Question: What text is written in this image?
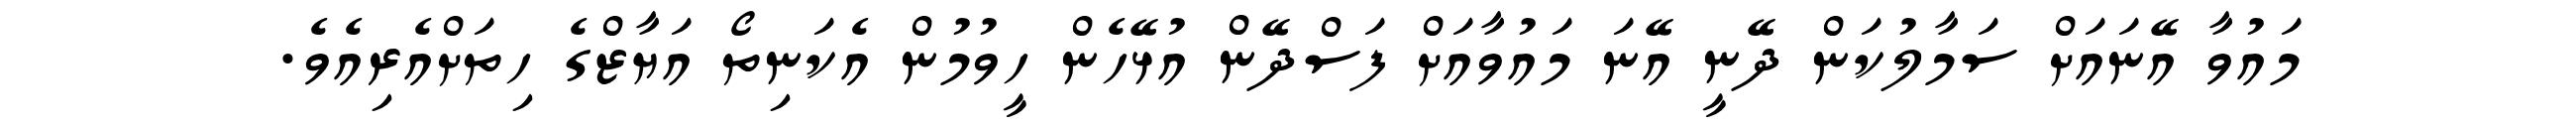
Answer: މައުވާ އޭނައަށް ސަމާލުކަން ދޭނީ އޭނަ މައުވާއަށް ފަސްދޭން އުޅޭހެން ހީވުމުން އެކަނިތޯ އަޔާޒްގެ ހިތަށްއެރިއެވެ.